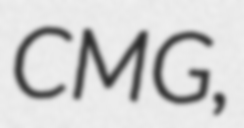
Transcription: CMG,